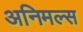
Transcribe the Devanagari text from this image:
अनिमल्स